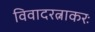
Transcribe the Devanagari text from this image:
विवादरत्नाकरः